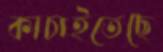
কাচাইতেছে